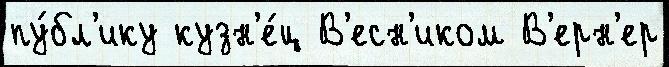
пу́бл'ику кузн'е́ц В'есн'иком В'ерн'ер